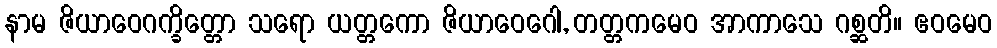
နာမ ဇိယာဝေဂက္ခိတ္တော သရော ယတ္တကော ဇိယာဝေဂေါ, တတ္တကမေဝ အာကာသေ ဂစ္ဆတိ။ ဧဝမေဝ